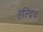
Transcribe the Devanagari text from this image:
हल्द्रिच